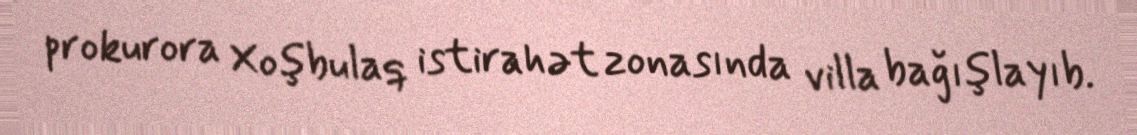
prokurora Xoşbulaq istirahət zonasında villa bağışlayıb.